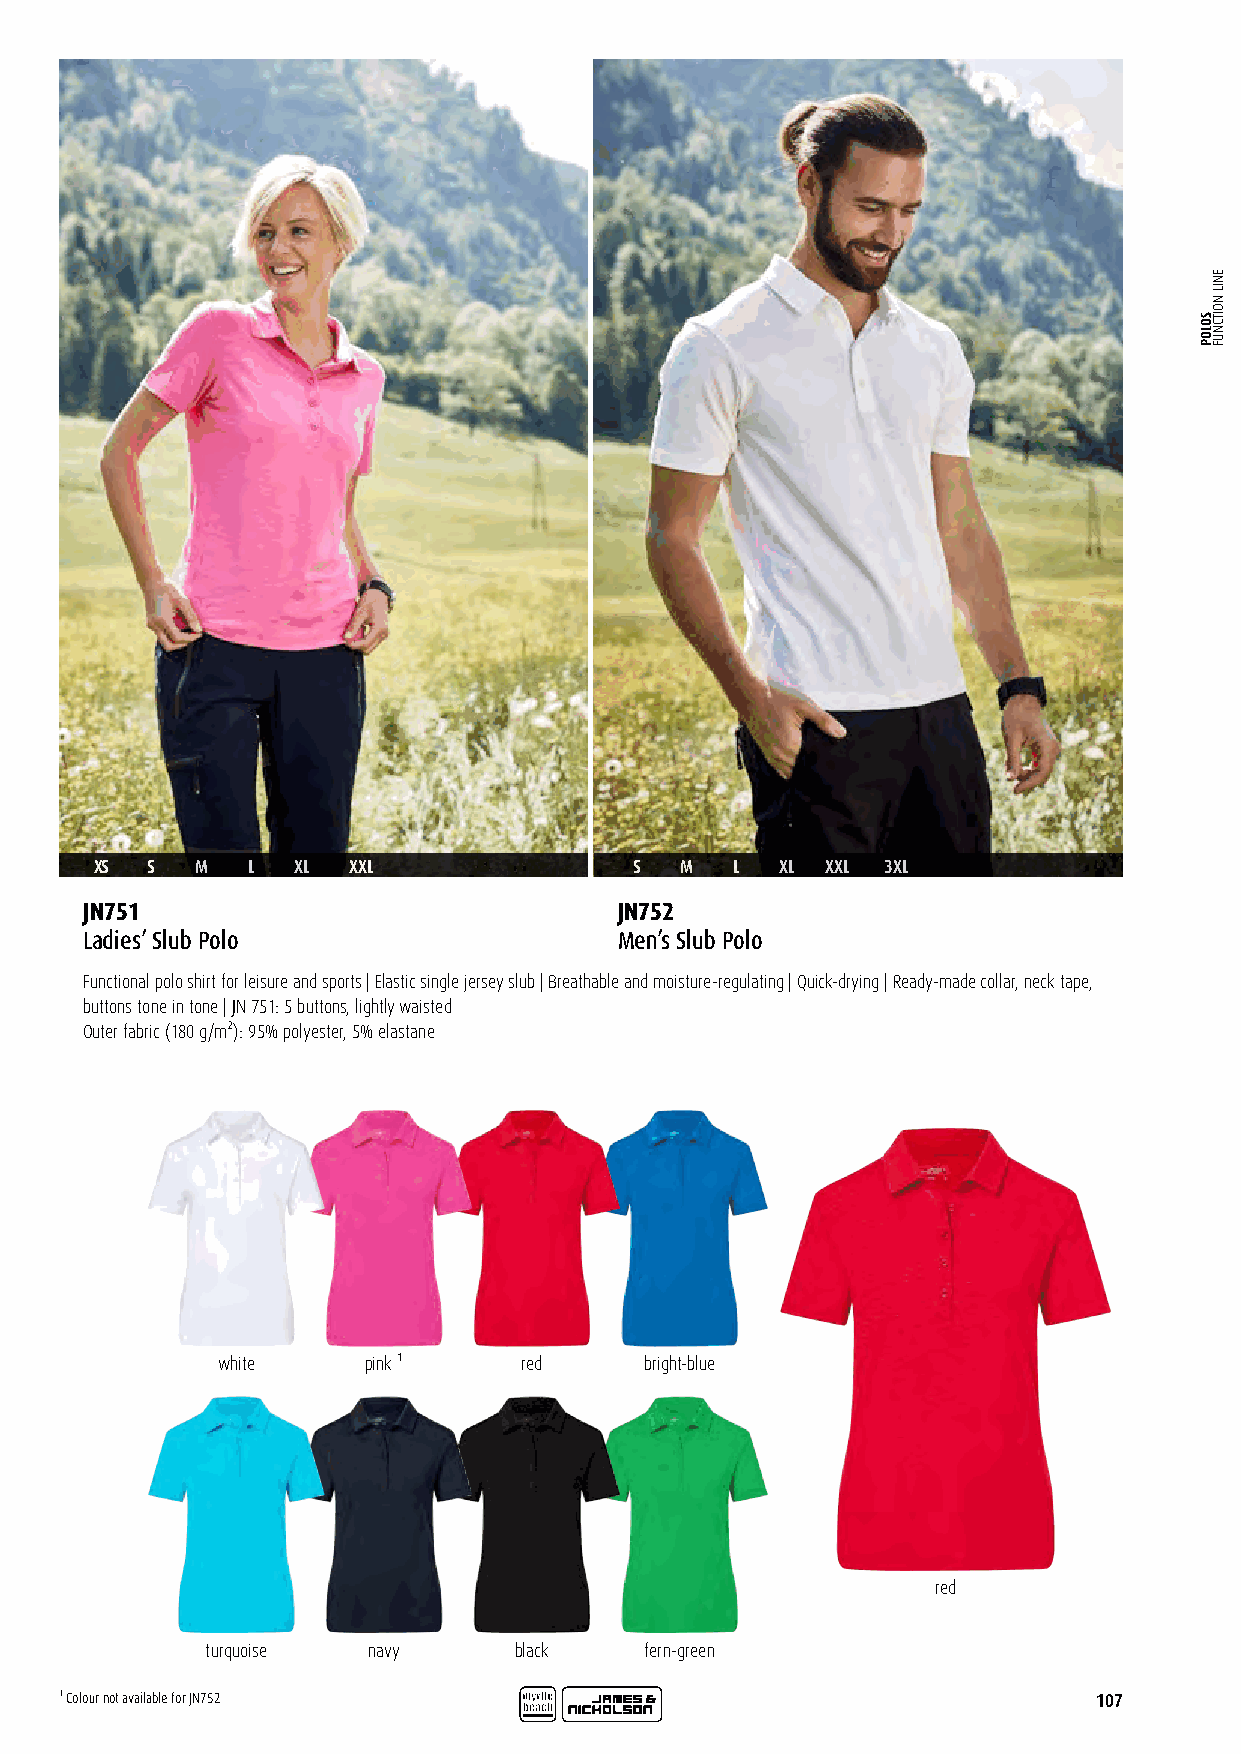
XS  S  M  L   XL XXL                S  M   L  XL XXL 3XL
 JN751                               JN752
 Ladies’ Slub Polo                   Men’s Slub Polo
 Functional polo shirt for leisure and sports | Elastic single jersey slub | Breathable and moisture-regulating | Quick-drying | Ready-made collar, neck tape,
 buttons tone in tone | JN 751: 5 buttons, lightly waisted
 Outer fabric (180 g/m²): 95% polyester, 5% elastane
 white     pink ¹    red      bright-blue
 red
 turquoise navy      black    fern-green
 ¹ Colour not available for JN752                                     107
 SOLOP
 ENIL
 NOITCNUF